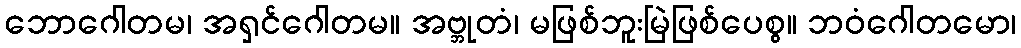
ဘောဂေါတမ၊ အရှင်ဂေါတမ။ အဗ္ဘုတံ၊ မဖြစ်ဘူးမြဲဖြစ်ပေစွ။ ဘဝံဂေါတမော၊